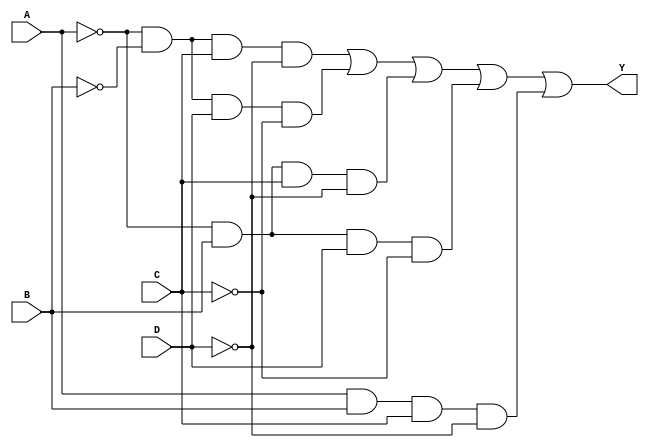
module four_variable_kmap (
    input wire A,  // Input variable A
    input wire B,  // Input variable B
    input wire C,  // Input variable C
    input wire D,  // Input variable D
    output wire Y  // Output variable Y
);

// Internal signals for the minterms
wire m0 = ~A & ~B & ~C & ~D; // 0
wire m1 = ~A & ~B &  C & ~D; // 1
wire m2 = ~A & ~B &  C &  D; // 3
wire m3 = ~A & ~B &  D & ~C; // 2
wire m4 = ~A &  B & ~C & ~D; // 4
wire m5 = ~A &  B &  C & ~D; // 5
wire m6 = ~A &  B &  C &  D; // 7
wire m7 = ~A &  B &  D & ~C; // 6
wire m8 =  A & ~B & ~C & ~D; // 8
wire m9 =  A & ~B &  C & ~D; // 9
wire m10 =  A & ~B &  C &  D; // 11
wire m11 =  A & ~B &  D & ~C; // 10
wire m12 =  A &  B & ~C & ~D; // 12
wire m13 =  A &  B &  C & ~D; // 13
wire m14 =  A &  B &  C &  D; // 15
wire m15 =  A &  B &  D & ~C; // 14

// Output logic based on the K-map grouping
assign Y = m1 | m3 | m5 | m7 | m13; // Example grouping based on minterms 1, 3, 5, 7, and 13

endmodule